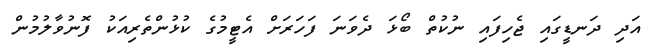
އަދި ދަނޑީގައި ޖެހިފައި ނުކުތް ބޯޅަ ދެވަނަ ފަހަރަށް އެޓީމުގެ ކުޅުންތެރިއަކު ފޮނުވާލުމުން